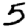
Digit: 5